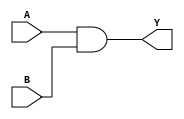
//I will describe three same expression


module expression(
	input A,
	input B,
	output Y
);
	
	and g1 (Y, A, B);

endmodule

//1. gate level expression
module AND_1(
	input A,
	input B,
	output Y
);

	and g1 (Y,A,B);
	
endmodule


//2. data flow expression
module AND_2(
	input A,
	input B,
	output Y
);

	assign Y = A & B;

endmodule


//3. dynamic expression
module AND_3(
	input A,
	input B,
	output Y
);

	assign Y = AND_FUNC(A, B);
	function AND_FUNC(
		input A,
		input B
	);
		if (A & B)  AND_FUNC = 1;
		else			AND_FUNC = 0;
	endfunction

endmodule